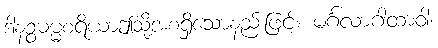
ဒါနဉ္စဓမ္မစရိယာဤသို့အစရှိသောနည်းဖြင့်။ မင်္ဂလာဂါထာဝါ၊